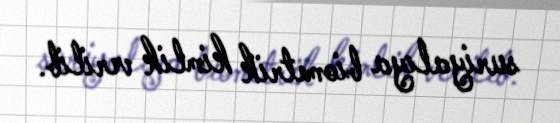
suriyalıya biometrik kimlik verilib.